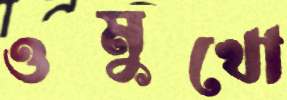
ওমুখো